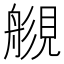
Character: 𧡬